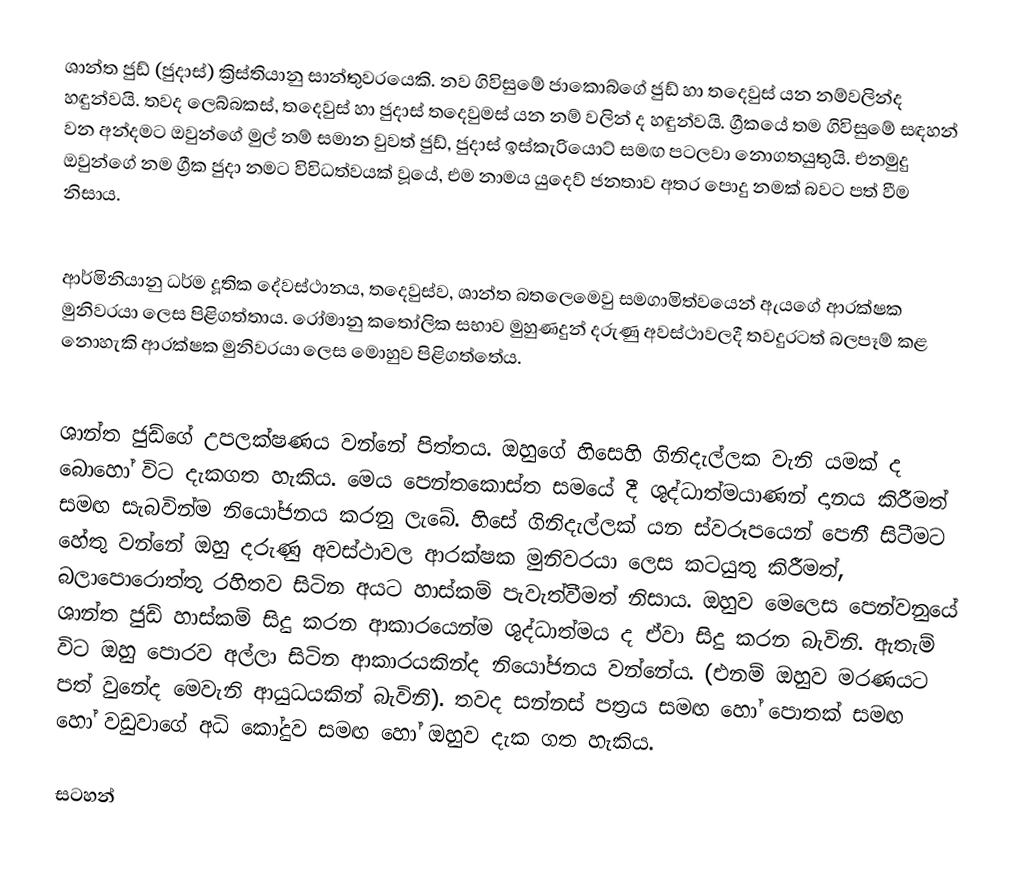
ශාන්ත ජු‍ඩ් (ජුදාස්) ක්‍රිස්තියානු සාන්තුවරයෙකි. නව ගිවිසුමේ ජාකොබ්ගේ ජුඩ් හා තදෙවුස් යන නම්වලින්ද හඳුන්වයි. තවද ලෙබ්බකස්, තදෙවුස් හා ජුදාස් තදෙවුමස් යන නම් වලින් ද හඳුන්වයි. ග්‍රීක‍යේ තම ගිවිසුමේ සඳහන් වන අන්දමට ඔවුන්ගේ මුල් නම් සමාන වුවත් ජුඩ්, ජුදාස් ඉස්කැරියොට් සමඟ පටලවා නොගතයුතුයි. එනමුදු ඔවුන්ගේ නම ග්‍රීක ජුදා නමට විවිධත්වයක් වූයේ,  එම නාමය යුදෙව් ජනතාව අතර පොදු නමක් බවට පත් වීම නිසාය.

ආර්මිනියානු ධර්ම දූතික දේවස්ථානය,  තදෙවුස්ව, ශාන්ත බතලෙමෙවු සමගාමිත්වයෙන් ඇයගේ ආරක්ෂක මුනිවරයා ලෙස පිළිගත්තාය. රෝමානු කතෝලික සභාව මුහුණදුන් දරුණු අවස්ථාවලදී තවදුරටත් බලපෑම් කළ නොහැකි ආරක්ෂක මුනිවරයා ලෙස මොහුව පිළිගත්තේය.

ශාන්ත ජුඩ්ගේ උපලක්ෂණය වන්නේ පිත්තය. ඔහුගේ හිසෙහි ගිනිදැල්ලක ‍වැනි යමක් ද බොහෝ විට දැකගත හැකිය. මෙය පෙන්තකොස්ත සමයේ දී ශුද්ධාත්මයාණන් දානය කිරීමත් සමඟ සැබවින්ම නියෝජනය කරනු ලැ‍බේ. හිසේ ගිනිදැල්ලක් යන ස්වරූපයෙන් පෙනී සිටීමට හේතු වන්නේ ඔහු දරුණු අවස්ථාවල ආරක්ෂක මුනිවරයා ලෙස කටයුතු කිරීමත්, බලාපොරොත්තු රහිතව සිටින අයට හාස්කම් පැවැත්වීමත් නිසාය. ඔහුව මෙලෙස පෙන්වනුයේ ශාන්ත ජුඩ් හාස්කම් සිදු කරන ආකාරයෙන්ම ශුද්ධාත්මය ද ඒවා සිදු කරන බැවිනි. ඇතැම් විට ඔහු පොරව අල්ලා සිටින ආකාරයකින්ද නියෝජනය වන්නේය. (එනම් ඔහුව මරණයට පත් වුනේද මෙවැනි ආයුධයකින් බැවිනි). තවද සන්නස් පත්‍රය සමඟ හෝ පොතක් සමඟ  හෝ වඩුවාගේ අධි කෝදුව  සමඟ හෝ ඔහුව දැක ගත හැකිය.

සටහන්